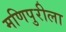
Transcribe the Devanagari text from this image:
मणिपुरीला